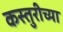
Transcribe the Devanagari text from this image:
कस्तुरीच्या